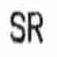
SR